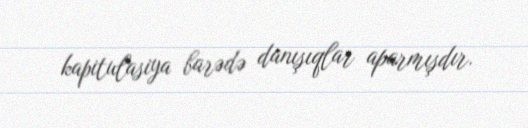
kapitulasiya barədə danışıqlar aparmışdır.